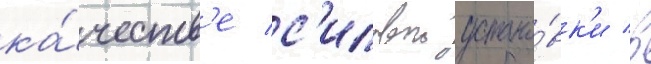
ка́честв'е с'иловои устано́вк'и в